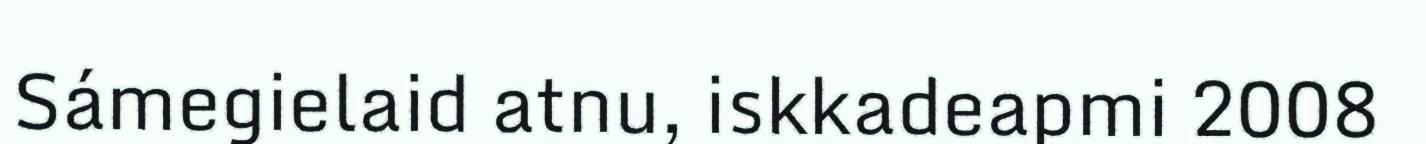
Sámegielaid atnu, iskkadeapmi 2008